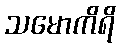
သမောကိရိ